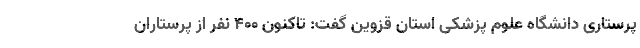
پرستاری دانشگاه علوم پزشکی استان قزوین گفت: تاکنون ۴۰۰ نفر از پرستاران